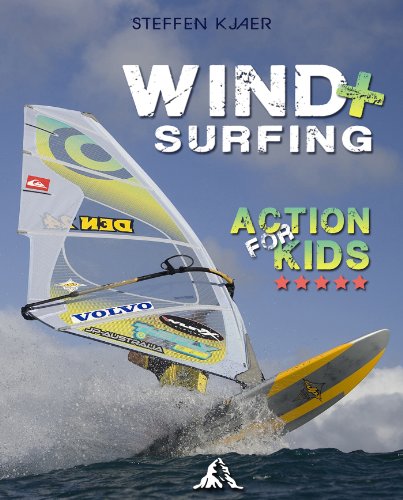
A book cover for Windsurfing - Action for Kids; Steffen Kjaer; Teen & Young Adult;